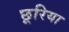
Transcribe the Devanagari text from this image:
छूरिया